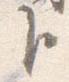
臣